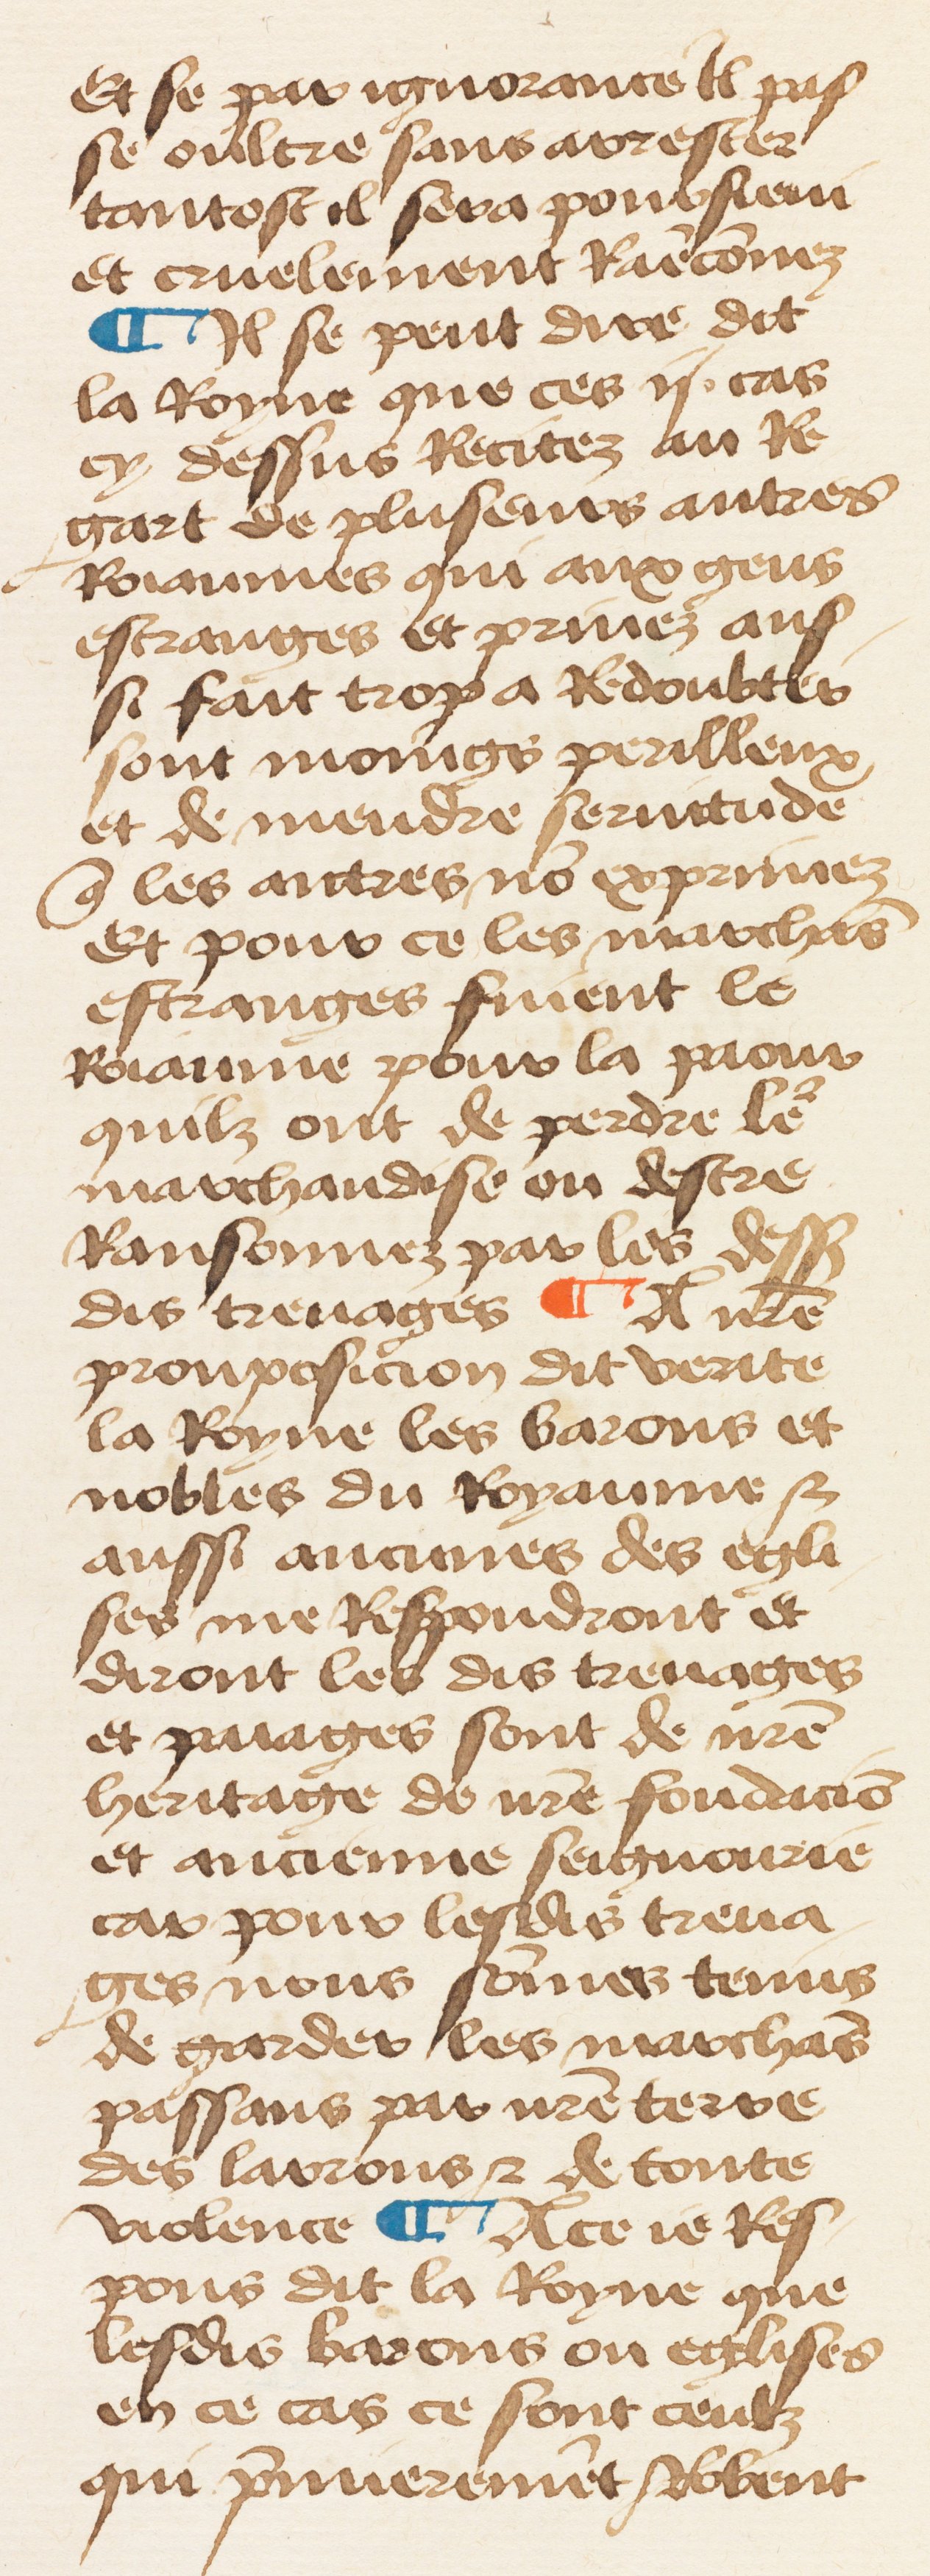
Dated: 1460–1470